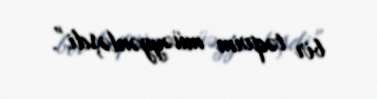
bir təqvim müəyyənləşdi”.